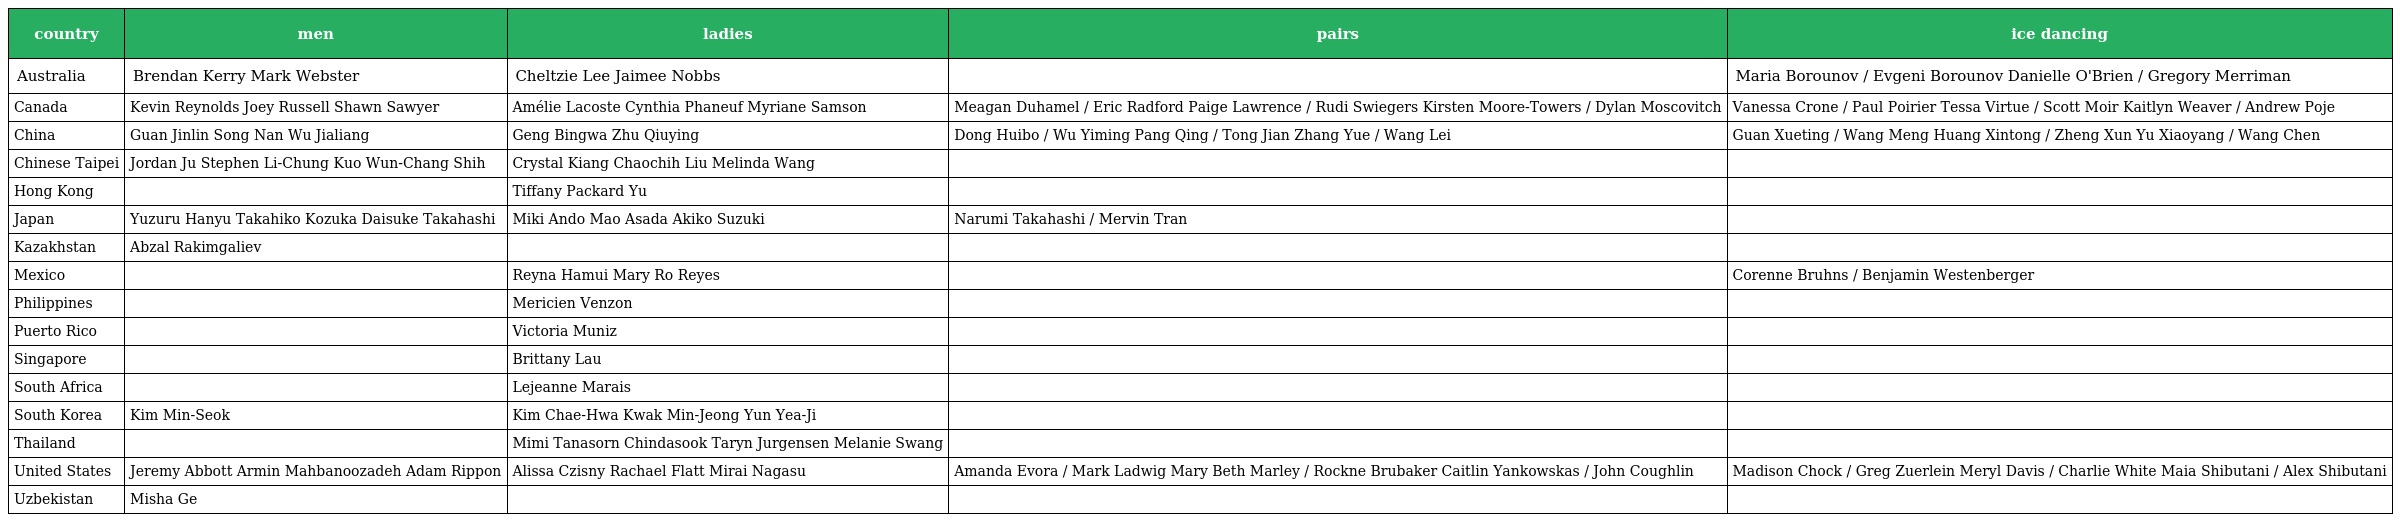
| country | men | ladies | pairs | ice dancing |
 | --- | --- | --- | --- | --- |
 | Australia | Brendan Kerry Mark Webster | Cheltzie Lee Jaimee Nobbs |  | Maria Borounov / Evgeni Borounov Danielle O'Brien / Gregory Merriman |
 | Canada | Kevin Reynolds Joey Russell Shawn Sawyer | Amélie Lacoste Cynthia Phaneuf Myriane Samson | Meagan Duhamel / Eric Radford Paige Lawrence / Rudi Swiegers Kirsten Moore-Towers / Dylan Moscovitch | Vanessa Crone / Paul Poirier Tessa Virtue / Scott Moir Kaitlyn Weaver / Andrew Poje |
 | China | Guan Jinlin Song Nan Wu Jialiang | Geng Bingwa Zhu Qiuying | Dong Huibo / Wu Yiming Pang Qing / Tong Jian Zhang Yue / Wang Lei | Guan Xueting / Wang Meng Huang Xintong / Zheng Xun Yu Xiaoyang / Wang Chen |
 | Chinese Taipei | Jordan Ju Stephen Li-Chung Kuo Wun-Chang Shih | Crystal Kiang Chaochih Liu Melinda Wang |  |  |
 | Hong Kong |  | Tiffany Packard Yu |  |  |
 | Japan | Yuzuru Hanyu Takahiko Kozuka Daisuke Takahashi | Miki Ando Mao Asada Akiko Suzuki | Narumi Takahashi / Mervin Tran |  |
 | Kazakhstan | Abzal Rakimgaliev |  |  |  |
 | Mexico |  | Reyna Hamui Mary Ro Reyes |  | Corenne Bruhns / Benjamin Westenberger |
 | Philippines |  | Mericien Venzon |  |  |
 | Puerto Rico |  | Victoria Muniz |  |  |
 | Singapore |  | Brittany Lau |  |  |
 | South Africa |  | Lejeanne Marais |  |  |
 | South Korea | Kim Min-Seok | Kim Chae-Hwa Kwak Min-Jeong Yun Yea-Ji |  |  |
 | Thailand |  | Mimi Tanasorn Chindasook Taryn Jurgensen Melanie Swang |  |  |
 | United States | Jeremy Abbott Armin Mahbanoozadeh Adam Rippon | Alissa Czisny Rachael Flatt Mirai Nagasu | Amanda Evora / Mark Ladwig Mary Beth Marley / Rockne Brubaker Caitlin Yankowskas / John Coughlin | Madison Chock / Greg Zuerlein Meryl Davis / Charlie White Maia Shibutani / Alex Shibutani |
 | Uzbekistan | Misha Ge |  |  |  |